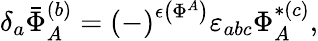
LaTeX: \delta_{a}\bar{\Phi}_{A}^{(b)}=\left(-\right)^{\epsilon\left(\Phi^{A}\right)}\varepsilon_{abc}\Phi_{A}^{*(c)},